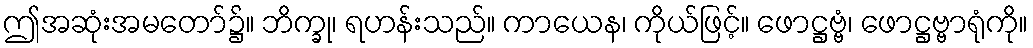
ဤအဆုံးအမတော်၌။ ဘိက္ခု၊ ရဟန်းသည်။ ကာယေန၊ ကိုယ်ဖြင့်။ ဖောဋ္ဌဗ္ဗံ၊ ဖောဋ္ဌဗ္ဗာရုံကို။